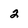
Character: 2